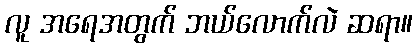
လူ အရေအတွက် ဘယ်လောက်လဲ ဆရာ။